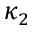
\kappa _ { 2 }